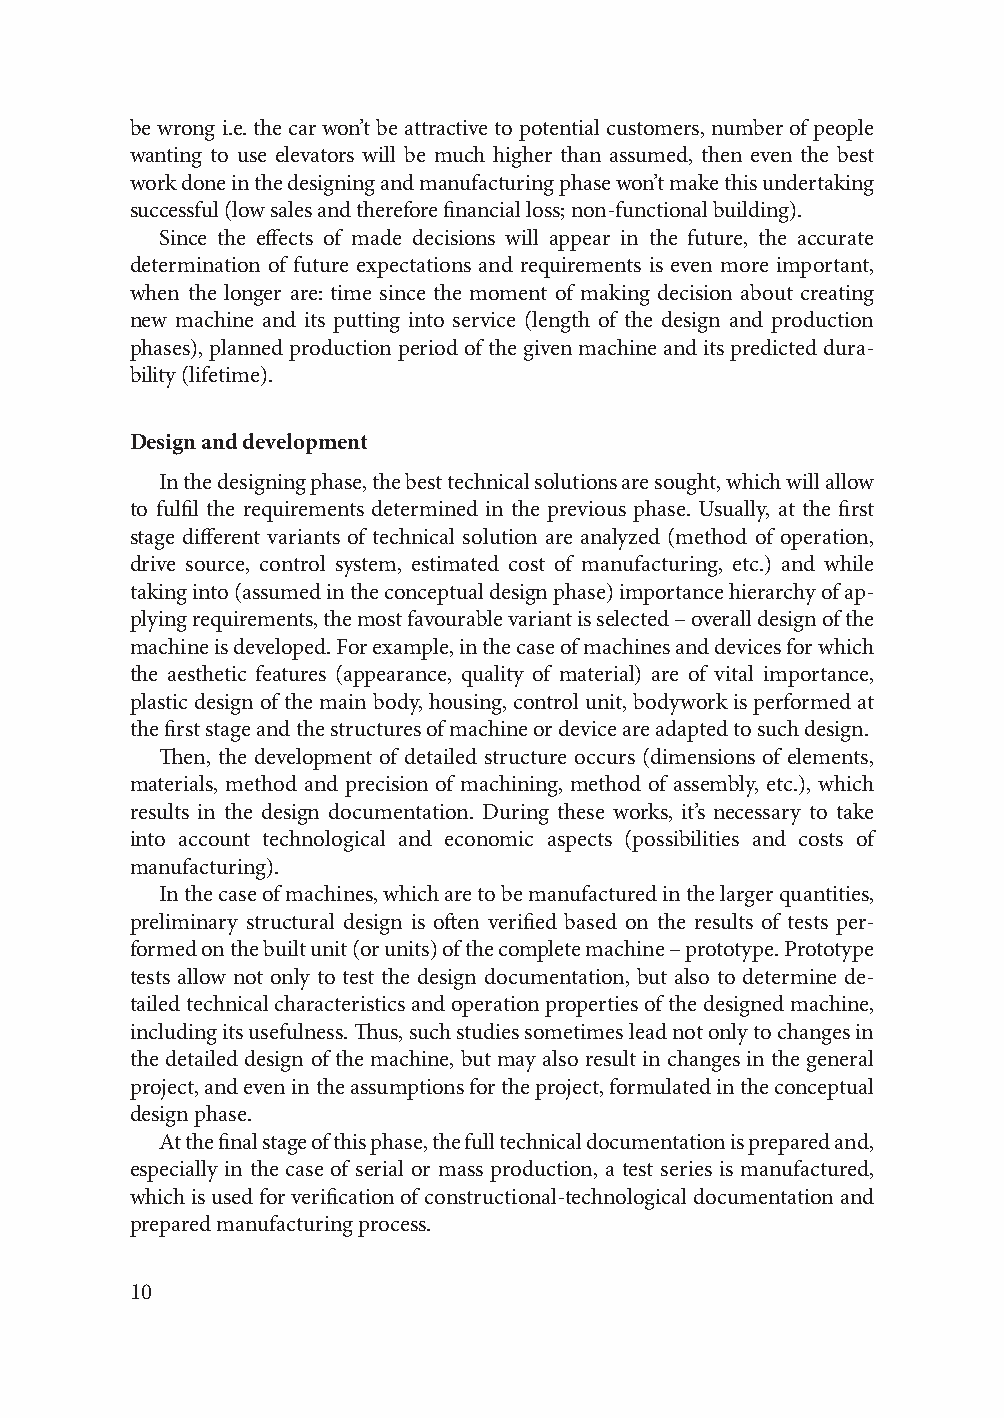
be wrong i.e. the car won’t be attractive to potential customers, number of people
 wanting to use elevators will be much higher than assumed, then even the best
 work done in the designing and manufacturing phase won’t make this undertaking
 successful (low sales and therefore financial loss; non-functional building).
 Since the effects of made decisions will appear in the future, the accurate
 determination of future expectations and requirements is even more important,
 when the longer are: time since the moment of making decision about creating
 new machine and its putting into service (length of the design and production
 phases), planned production period of the given machine and its predicted dura-
 bility (lifetime).
 Design and development
 In the designing phase, the best technical solutions are sought, which will allow
 to fulfil the requirements determined in the previous phase. Usually, at the first
 stage different variants of technical solution are analyzed (method of operation,
 drive source, control system, estimated cost of manufacturing, etc.) and while
 taking into (assumed in the conceptual design phase) importance hierarchy of ap-
 plying requirements, the most favourable variant is selected – overall design of the
 machine is developed. For example, in the case of machines and devices for which
 the aesthetic features (appearance, quality of material) are of vital importance,
 plastic design of the main body, housing, control unit, bodywork is performed at
 the first stage and the structures of machine or device are adapted to such design.
 Then, the development of detailed structure occurs (dimensions of elements,
 materials, method and precision of machining, method of assembly, etc.), which
 results in the design documentation. During these works, it’s necessary to take
 into account technological and economic aspects (possibilities and costs of
 manufacturing).
 In the case of machines, which are to be manufactured in the larger quantities,
 preliminary structural design is often verified based on the results of tests per-
 formed on the built unit (or units) of the complete machine – prototype. Prototype
 tests allow not only to test the design documentation, but also to determine de-
 tailed technical characteristics and operation properties of the designed machine,
 including its usefulness. Thus, such studies sometimes lead not only to changes in
 the detailed design of the machine, but may also result in changes in the general
 project, and even in the assumptions for the project, formulated in the conceptual
 design phase.
 At the final stage of this phase, the full technical documentation is prepared and,
 especially in the case of serial or mass production, a test series is manufactured,
 which is used for verification of constructional-technological documentation and
 prepared manufacturing process.
 10